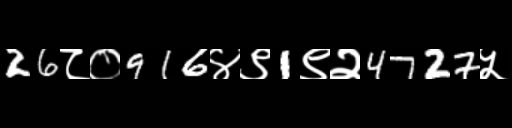
Text: 26८०916४९1९२4727५